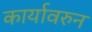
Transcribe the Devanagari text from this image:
कार्यावरुन